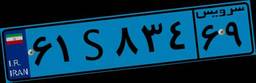
۶۱S۸۳۴۶۹